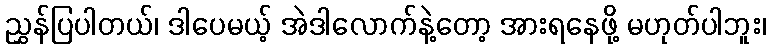
ညွှန်ပြပါတယ်၊ ဒါပေမယ့် အဲဒါလောက်နဲ့တော့ အားရနေဖို့ မဟုတ်ပါဘူး၊